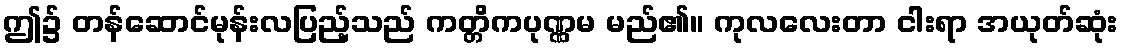
ဤ၌ တန်ဆောင်မုန်းလပြည့်သည် ကတ္တိကပုဏ္ဏမ မည်၏။ ကုလလေးတာ ငါးရာ အယုတ်ဆုံး